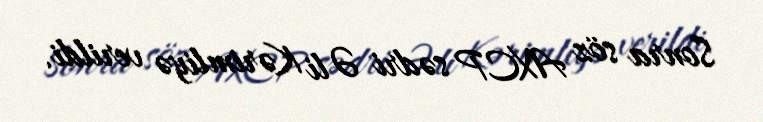
Sonra söz AXCP sədri Əli Kərimliyə verildi.